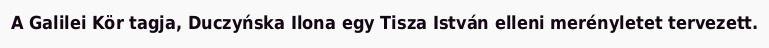
A Galilei Kör tagja, Duczyńska Ilona egy Tisza István elleni merényletet tervezett.